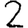
Digit: 2